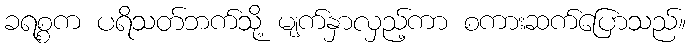
ခရစ္စက ပရိသတ်ဘက်သို့ မျက်နှာလှည့်ကာ စကားဆက်ပြောသည်။